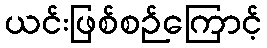
ယင်းဖြစ်စဉ်ကြောင့်